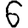
Digit: 6